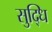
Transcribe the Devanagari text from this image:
सुद्धि